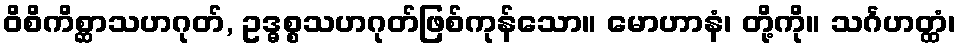
ဝိစိကိစ္ဆာသဟဂုတ်, ဥဒ္ဓစ္စသဟဂုတ်ဖြစ်ကုန်သော။ မောဟာနံ၊ တို့ကို။ သင်္ဂဟတ္ထံ၊